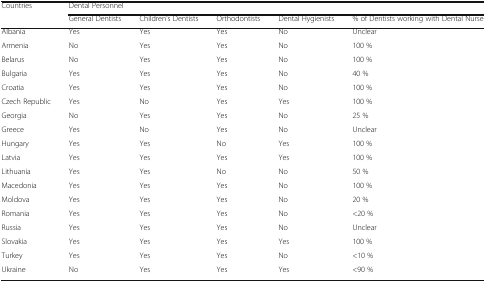
| <ROWSPAN=2> Countries | <COLSPAN=5> Dental Personnel |
 | General Dentists | Children’s Dentists | Orthodontists | Dental Hygienists | % of Dentists working with Dental Nurse |
 | --- | --- | --- | --- | --- | --- |
 | Albania | Yes | Yes | Yes | No | Unclear |
 | Armenia | No | Yes | Yes | No | 100 % |
 | Belarus | No | Yes | Yes | No | 100 % |
 | Bulgaria | Yes | Yes | Yes | No | 40 % |
 | Croatia | Yes | Yes | Yes | No | 100 % |
 | Czech Republic | Yes | No | Yes | Yes | 100 % |
 | Georgia | No | Yes | Yes | No | 25 % |
 | Greece | Yes | No | Yes | No | Unclear |
 | Hungary | Yes | Yes | No | Yes | 100 % |
 | Latvia | Yes | Yes | Yes | Yes | 100 % |
 | Lithuania | Yes | Yes | No | No | 50 % |
 | Macedonia | Yes | Yes | Yes | No | 100 % |
 | Moldova | Yes | Yes | Yes | No | 20 % |
 | Romania | Yes | Yes | Yes | No | <20 % |
 | Russia | Yes | Yes | Yes | No | Unclear |
 | Slovakia | Yes | Yes | Yes | Yes | 100 % |
 | Turkey | Yes | Yes | Yes | No | <10 % |
 | Ukraine | No | Yes | Yes | Yes | <90 % |